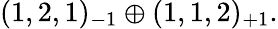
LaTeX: (1,2,1)_{-1}\oplus(1,1,2)_{+1}.